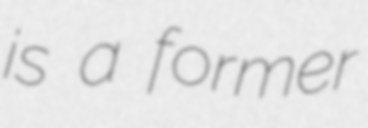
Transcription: is a former